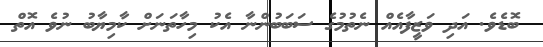
ބޮޑެވެ. އަދި ވަޒީފާއެއް ނެތުމުގެ ސަބަބުންނާ އެކު މިހާތަނަށް ކާމިޔާބު ނުވެ އޮތް